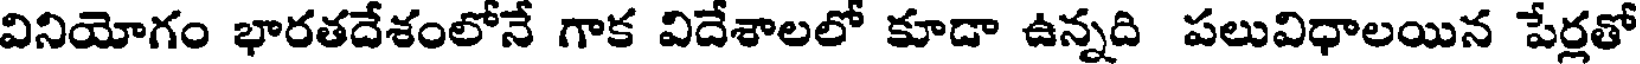
వినియోగం భారతదేశంలోనే గాక విదేశాలలో కూడా ఉన్నది పలువిధాలయిన పేర్లతో